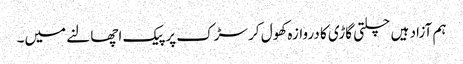
ہم آزاد ہیں چلتی گاڑی کا دروازہ کھول کر سڑک پر پیک اچھالنے میں۔